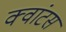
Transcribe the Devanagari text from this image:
क्‍वांटस